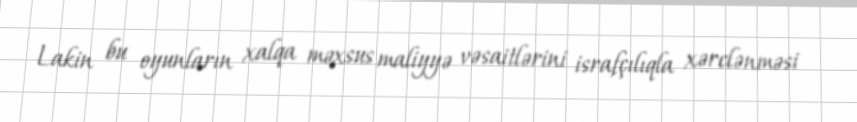
Lakin bu oyunların xalqa məxsus maliyyə vəsaitlərini israfçılıqla xərclənməsi